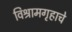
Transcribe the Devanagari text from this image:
विश्रामगृहाचे